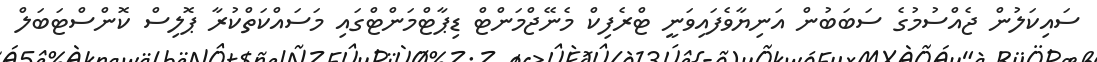
ސައިކަލުން ޖެއްސުމުގެ ސަބަބުން އަނިޔާވެފައިވަނީ ޓްރެފިކް މެނޭޖްމަންޓް ޑިޕާޓްމަންޓްގައި މަސައްކަތްކުރާ ޕޮލިސް ކޮންސްޓަބަލް